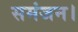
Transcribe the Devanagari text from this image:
समंजन।